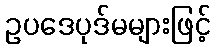
ဥပဒေပုဒ်မများဖြင့်